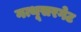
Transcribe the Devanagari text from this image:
नत्थूसरगेट